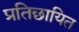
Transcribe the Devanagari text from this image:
प्रतिछायित